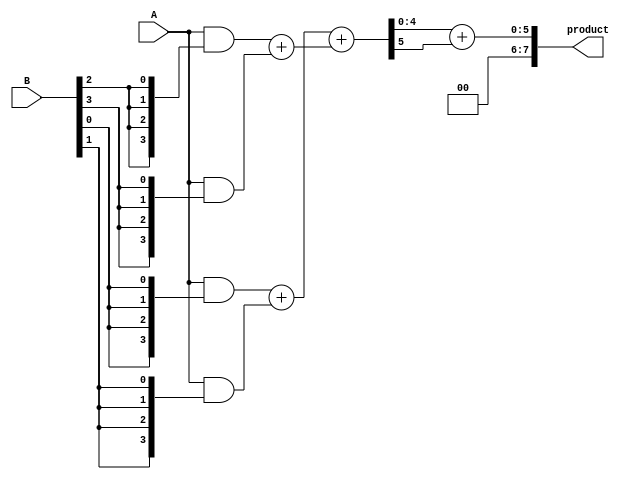
module uwallace_tree_multiplier (
    input [3:0] A,  // m bits
    input [3:0] B,  // n bits
    output [7:0] product // m + n bits
);

    // Partial products
    wire [3:0] pp0 = A & {4{B[0]}}; // Partial product 0
    wire [3:0] pp1 = A & {4{B[1]}}; // Partial product 1
    wire [3:0] pp2 = A & {4{B[2]}}; // Partial product 2
    wire [3:0] pp3 = A & {4{B[3]}}; // Partial product 3
    
    // Stage 1: First level of reduction using half adders and full adders
    wire [4:0] s1a, s1b, s1c; // Sums from stage 1
    wire [4:0] c1a, c1b;       // Carry bits from stage 1

    // First half adder and full adder
    assign s1a = pp0 + pp1; // Sum of pp0 and pp1
    assign s1b = pp2 + pp3; // Sum of pp2 and pp3

    // Second stage addition
    wire [4:0] s2; // Sum for stage 2
    wire c2;       // Carry for stage 2

    // Adding the sums from the first stage
    assign {c2, s2} = s1a + s1b; // Sum of the two sums from stage 1

    // Final stage: Add the carry from stage 2 with the last sum
    assign product = s2 + c2; // Final product

endmodule